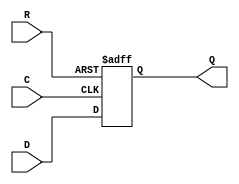
module dffr(
    output reg Q,
    input D,
    input R,
    (* clkbuf_sink *)
    (* invertible_pin = "IS_C_INVERTED" *)
    input C
);
    parameter [0:0] INIT = 1'b0;
    parameter [0:0] IS_C_INVERTED = 1'b0;
    initial Q = INIT;
    case(|IS_C_INVERTED)
          1'b0:
            always @(posedge C or posedge R)
                if (R)
                        Q <= 1'b0;
                else
                        Q <= D;
          1'b1:
            always @(negedge C or posedge R)
                if (R)
                        Q <= 1'b0;
                else
                        Q <= D;
    endcase
endmodule